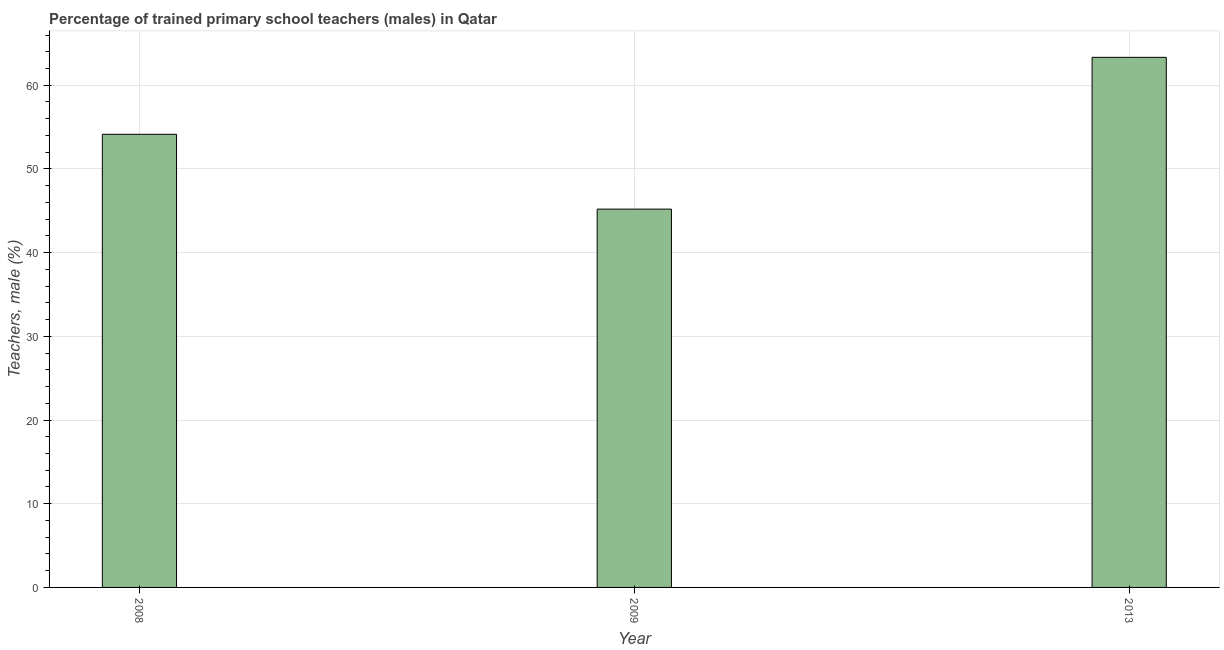
| Year | Trained teachers male |
 | --- | --- |
 | 2008 | 54.1 |
 | 2009 | 45.2 |
 | 2013 | 63.3 |